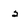
Character: 2